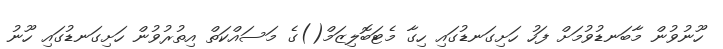
ހޫނުވުން މާބަނޑުވުމަށް ފަހު ހަށިގަނޑުގައި ހިގާ މެޓަބޮލިޒަމް()ގެ މަސައްކަތް އިތުރުވުން ހަށިގަނޑުގައި ހޫނު